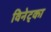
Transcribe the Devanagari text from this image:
विनेट्का